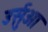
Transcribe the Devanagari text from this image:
उर्सुआ